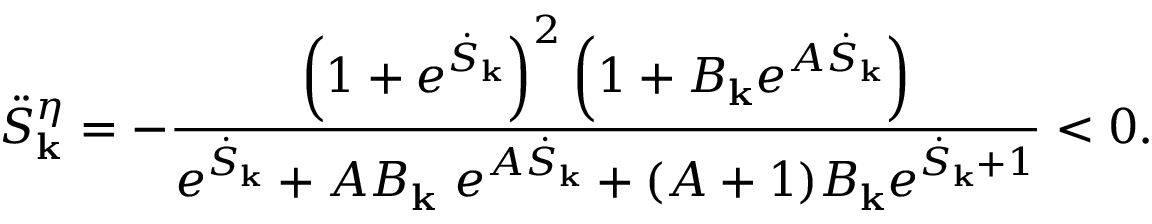
\ddot { S } _ { \bf k } ^ { \eta } = - \frac { \left( 1 + e ^ { \dot { S } _ { \bf k } } \right) ^ { 2 } \left( 1 + B _ { \bf k } e ^ { A \dot { S } _ { \bf k } } \right) } { e ^ { \dot { S } _ { \bf k } } + A B _ { \bf k } ~ e ^ { A \dot { S } _ { \bf k } } + ( A + 1 ) B _ { \bf k } e ^ { \dot { S } _ { \bf k } + 1 } } < 0 .